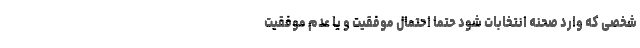
شخصی که وارد صحنه انتخابات شود حتما احتمال موفقیت و یا عدم موفقیت